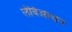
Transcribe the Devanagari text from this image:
लेविआथन